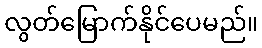
လွတ်မြောက်နိုင်ပေမည်။